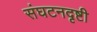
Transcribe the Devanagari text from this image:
संघटनदृष्टी